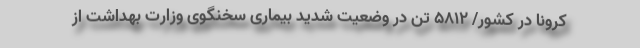
کرونا در کشور/ ۵۸۱۲ تن در وضعیت شدید بیماری سخنگوی وزارت بهداشت از